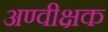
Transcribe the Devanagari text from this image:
अण्वीक्षक